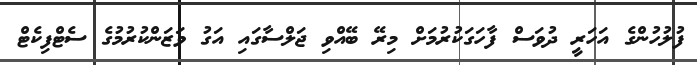
ފުލުހުންގެ އަހަރީ ދުވަސް ފާހަގަކުރުމަށް މިރޭ ބޭއްވި ޖަލްސާގައި އަގު ވަޒަންކުރުމުގެ ސެޓްފިކެޓް